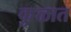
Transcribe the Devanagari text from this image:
कु़ळात